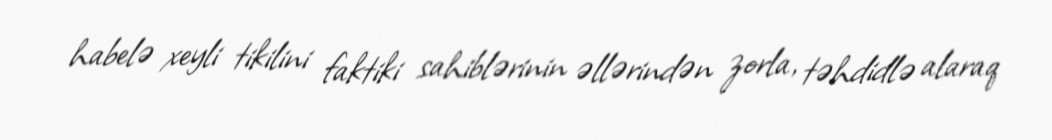
habelə xeyli tikilini faktiki sahiblərinin əllərindən zorla, təhdidlə alaraq